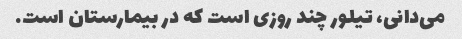
می‌دانی، تیلور چند روزی است که در بیمارستان است.